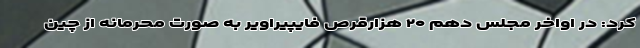
کرد: در اواخر مجلس دهم ۲۰ هزارقرص فایپیراویر به صورت محرمانه از چین